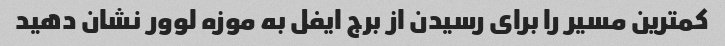
کمترین مسیر را برای رسیدن از برج ایفل به موزه لوور نشان دهید